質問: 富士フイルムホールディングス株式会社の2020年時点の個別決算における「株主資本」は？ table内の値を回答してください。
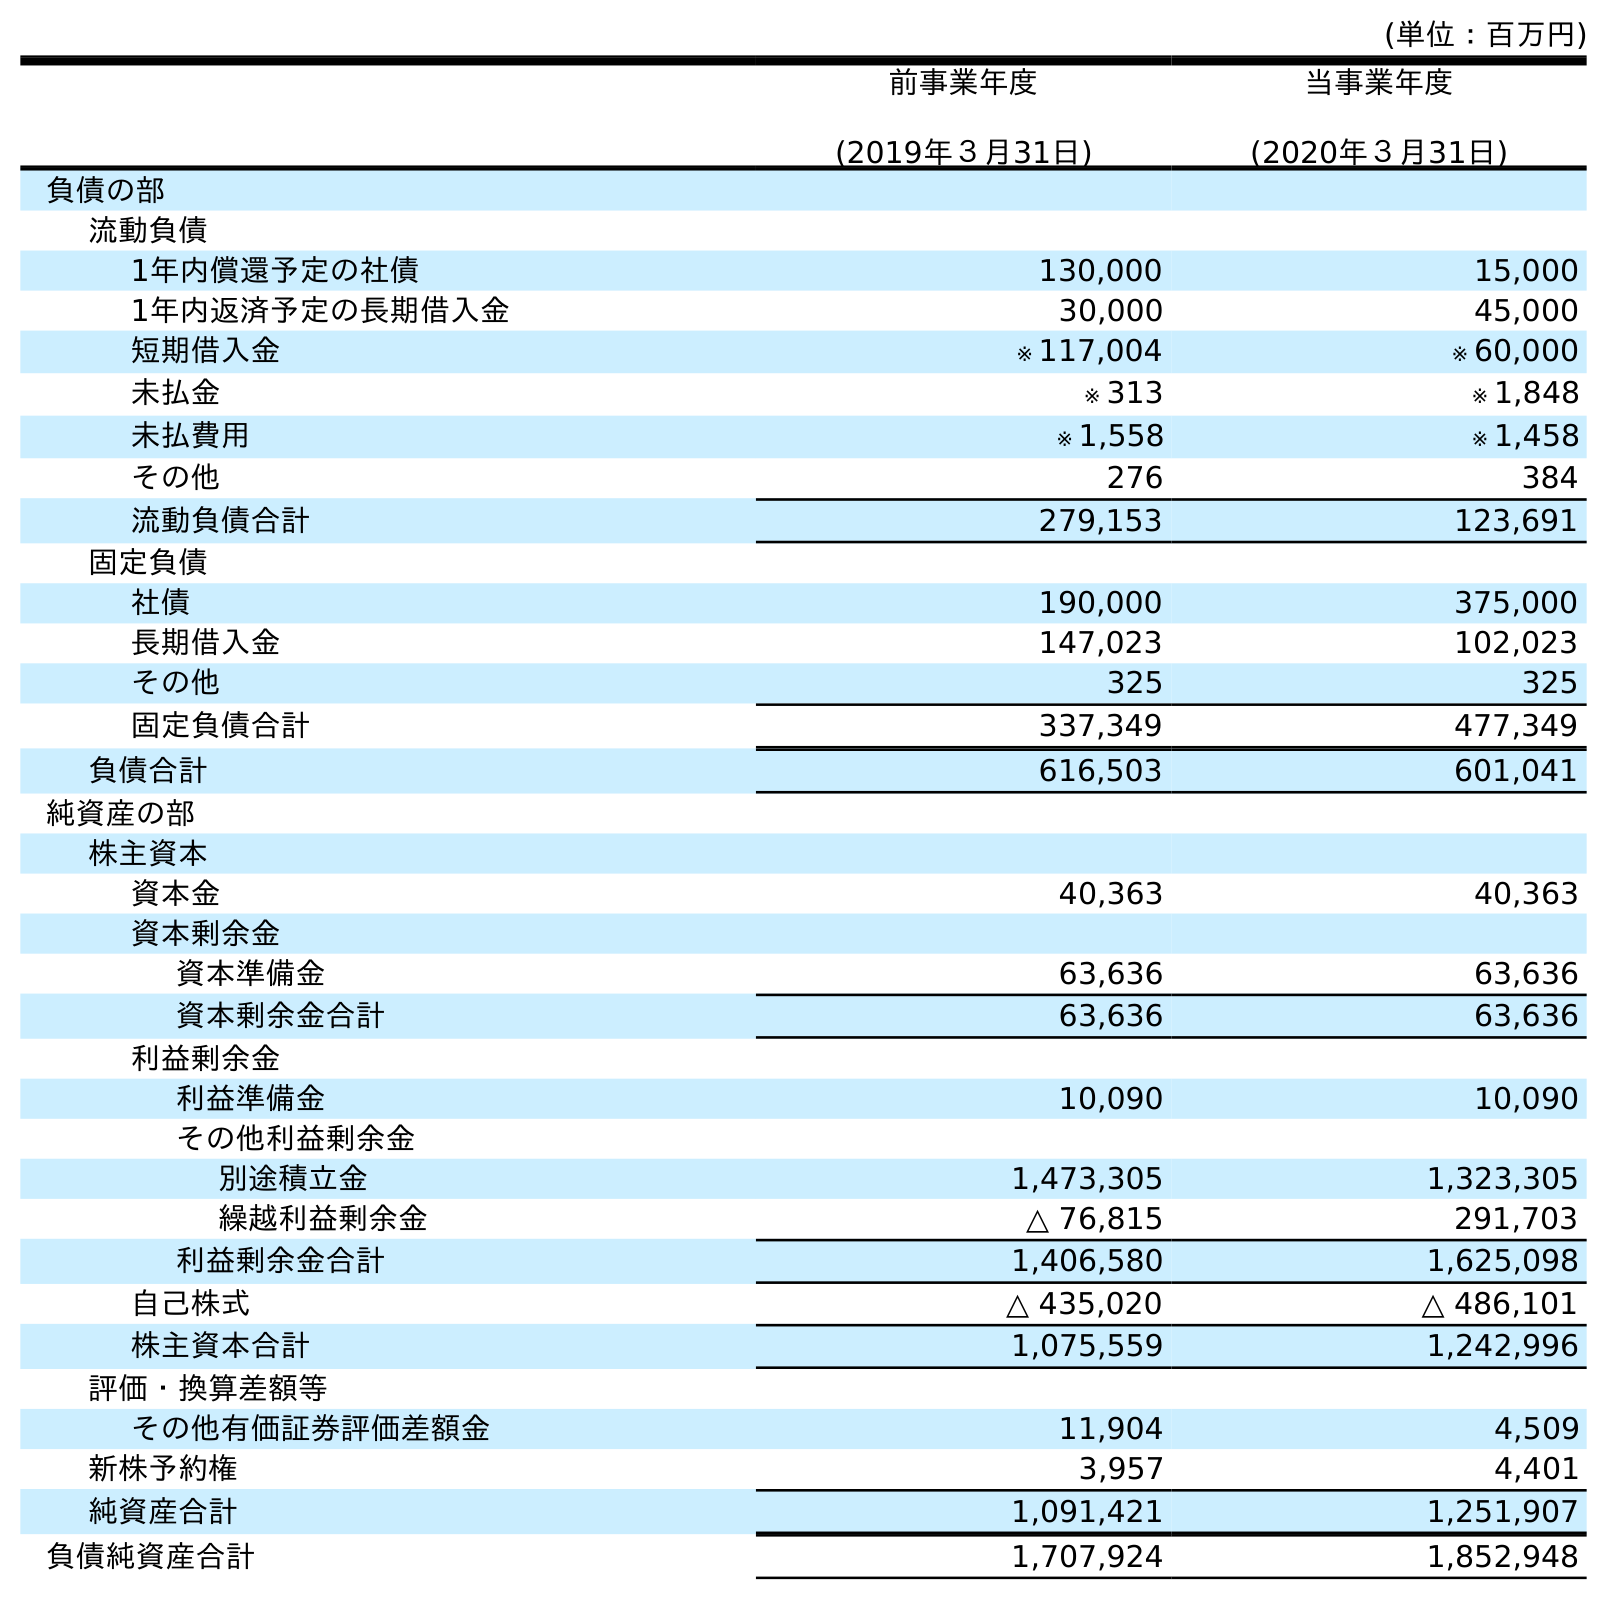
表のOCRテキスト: (単位：百万円) 前事業年度 (2019年３月31日) 当事業年度 (2020年３月31日) 負債の部 流動負債 1年内償還予定の社債 130,000 15,000 1年内返済予定の長期借入金 30,000 45,000 短期借入金 ※ 117,004 ※ 60,000 未払金 ※ 313 ※ 1,848 未払費用 ※ 1,558 ※ 1,458 その他 276 384 流動負債合計 279,153 123,691 固定負債 社債 190,000 375,000 長期借入金 147,023 102,023 その他 325 325 固定負債合計 337,349 477,349 負債合計 616,503 601,041 純資産の部 株主資本 資本金 40,363 40,363 資本剰余金 資本準備金 63,636 63,636 資本剰余金合計 63,636 63,636 利益剰余金 利益準備金 10,090 10,090 その他利益剰余金 別途積立金 1,473,305 1,323,305 繰越利益剰余金 △ 76,815 291,703 利益剰余金合計 1,406,580 1,625,098 自己株式 △ 435,020 △ 486,101 株主資本合計 1,075,559 1,242,996 評価・換算差額等 その他有価証券評価差額金 11,904 4,509 新株予約権 3,957 4,401 純資産合計 1,091,421 1,251,907 負債純資産合計 1,707,924 1,852,948
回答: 1,242,996